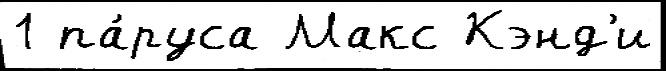
1 па́руса Макс Кэнд'и